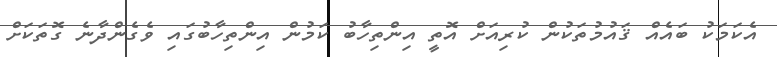
އެކަމަކު ބައެއް ޤައުމުތަކުން ކުރިއަށް އޮތީ އިންތިހާބު ކަމުން އިންތިހާބުގައި ވެގެންދާނެ ގޮތަކަށް